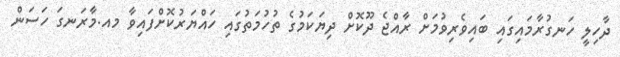
ދާހިލީ ހަނގުރާމައިގައި ބައިވެރިވުމަށް ރާއްޖެ ދޫކޮށް ދިޔަކަމުގެ ތުހުމަތުގައި ހައްޔަރުކޮށްފައިވާ މއ.މާރަނގަ ހަސަން